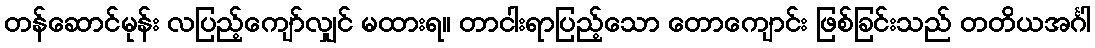
တန်ဆောင်မုန်း လပြည့်ကျော်လျှင် မထားရ။ တာငါးရာပြည့်သော တောကျောင်း ဖြစ်ခြင်းသည် တတိယအင်္ဂါ